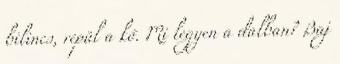
bilincs, repül a kő. Mi legyen a dalban? Baj